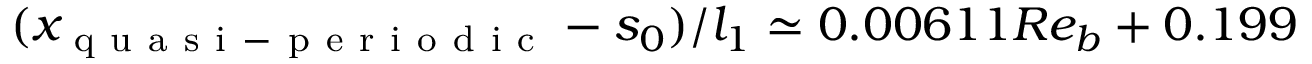
( x _ { \mathrm { ~ q ~ u ~ a ~ s ~ i ~ - ~ p ~ e ~ r ~ i ~ o ~ d ~ i ~ c ~ } } - s _ { 0 } ) / l _ { 1 } \simeq 0 . 0 0 6 1 1 R e _ { b } + 0 . 1 9 9